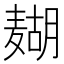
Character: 𱋟